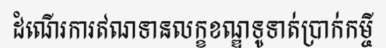
ដំណើរការឥណទានលក្ខខណ្ឌទូទាត់ប្រាក់កម្ចី